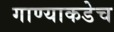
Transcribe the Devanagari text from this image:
गाण्याकडेच